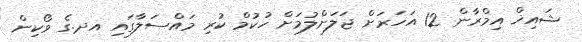
ޝައިޚް އިމްރާން 12 އަހަރަށް ޖަލަށްލުމަށް ހުކުމް ކުރި މައްސަލާގައި އދ.ގެ ވޯކިން